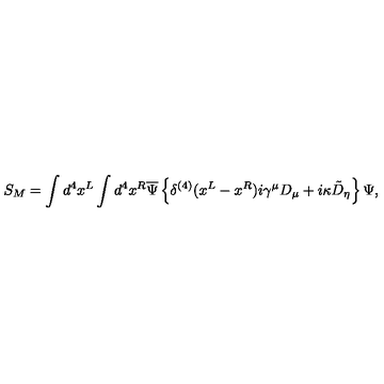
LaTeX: S _ { M } = \int d ^ { 4 } x ^ { L } \int d ^ { 4 } x ^ { R } \overline { { \Psi } } \left\{ \delta ^ { ( 4 ) } ( x ^ { L } - x ^ { R } ) i \gamma ^ { \mu } D _ { \mu } + i \kappa \tilde { D } _ { \eta } \right\} \Psi ,